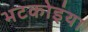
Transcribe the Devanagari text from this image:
भटकोइंया